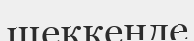
шеккенде